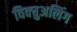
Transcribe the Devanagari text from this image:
विक्चुअलिंग